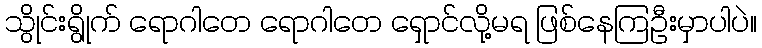
သွိုင်းရွိုက် ရောဂါတေ ရောဂါတေ ရှောင်လို့မရ ဖြစ်နေကြဦးမှာပါပဲ။